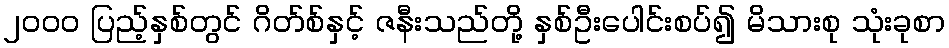
၂၀၀၀ ပြည့်နှစ်တွင် ဂိတ်စ်နှင့် ဇနီးသည်တို့ နှစ်ဦးပေါင်းစပ်၍ မိသားစု သုံးခုစာ